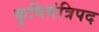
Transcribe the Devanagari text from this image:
कृषिमंत्रिपद